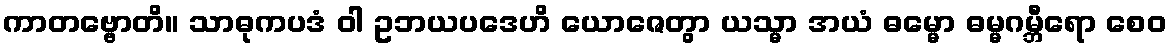
ကာတဗ္ဗောတိ။ သာဓုကပဒံ ဝါ ဥဘယပဒေဟိ ယောဇေတွာ ယသ္မာ အယံ ဓမ္မော ဓမ္မဂမ္ဘီရော စေဝ